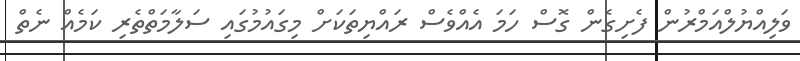
ވަލިއްޔުލްއަމްރުން ފެށިގެން ގޮސް ހަމަ އެއްވެސް ރައްޔިތަކަށް މިގައުމުގައި ސަލާމަތްތެރި ކަމެއް ނެތް